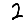
Digit: 2